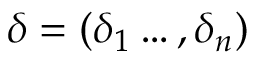
\boldsymbol { \delta } = ( \delta _ { 1 } \dots , \delta _ { n } )